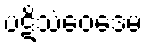
ပဋိသံဝေဒေမ